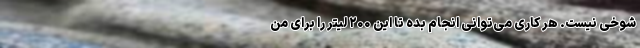
شوخی نیست. هر کاری می‌توانی انجام بده تا این ۲۰۰ لیتر را برای من